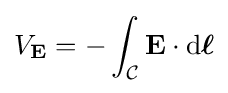
V_{\mathbf {E} }=-\int _{\mathcal {C}}\mathbf {E} \cdot \mathrm {d} {\boldsymbol {\ell }}